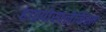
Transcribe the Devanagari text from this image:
हाइपोस्पलेनिस्म